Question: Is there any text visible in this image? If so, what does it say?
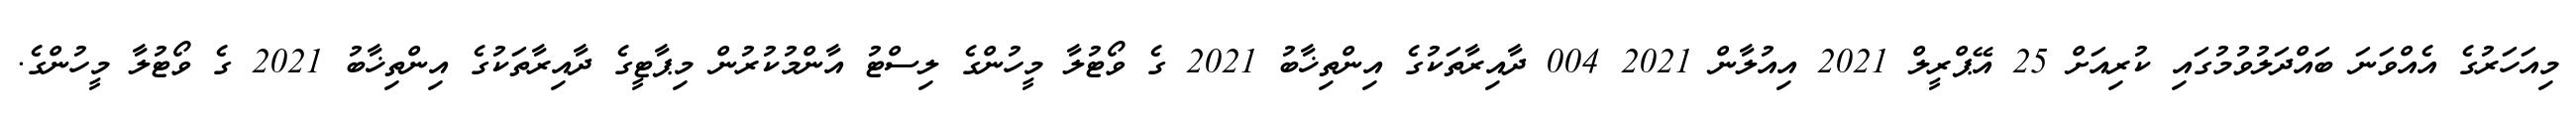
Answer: މިއަހަރުގެ އެއްވަނަ ބައްދަލުވުމުގައި ކުރިއަށް 25 އޭޕްރީލް 2021 އިއުލާން 2021 004 ދާއިރާތަކުގެ އިންތިޚާބު 2021 ގެ ވޯޓުލާ މީހުންގެ ލިސްޓު އާންމުކުރުން މިޕާޓީގެ ދާއިރާތަކުގެ އިންތިޚާބު 2021 ގެ ވޯޓުލާ މީހުންގެ.